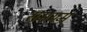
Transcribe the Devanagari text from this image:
समयम